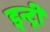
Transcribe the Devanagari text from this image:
इन्ट्री